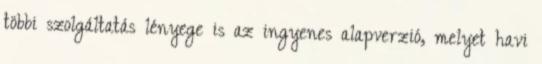
többi szolgáltatás lényege is az ingyenes alapverzió, melyet havi